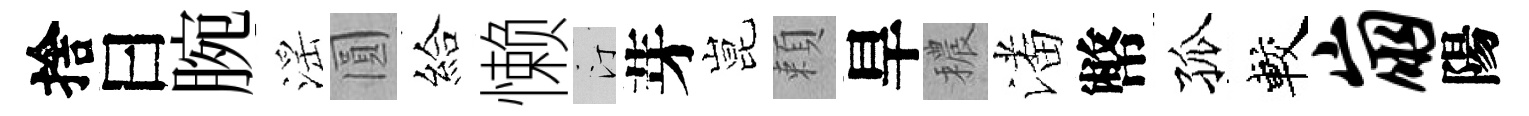
捨曰腕滛圓給懒汀芽昆頼旱穠潘幣孤較崩陽